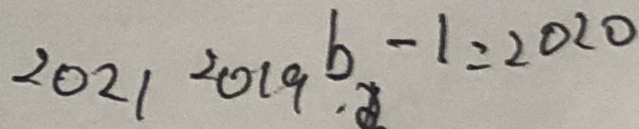
2 0 2 1 2 0 1 9 b - 1 = 2 0 2 0